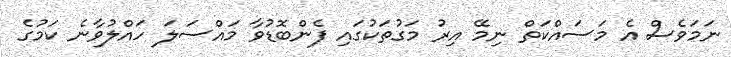
ނަމަވެސް އެ މަސައްކަތް ނިމޭ އިރު މަގުތަކުގައި ފެންބޮޑުވާ މައްސަލަ ހައްލުވާނެ ކަމުގެ